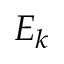
E _ { k }